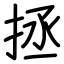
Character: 拯